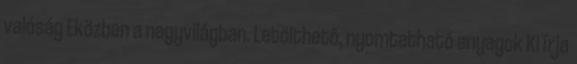
valóság Eközben a nagyvilágban. Letölthető, nyomtatható anyagok Ki írja